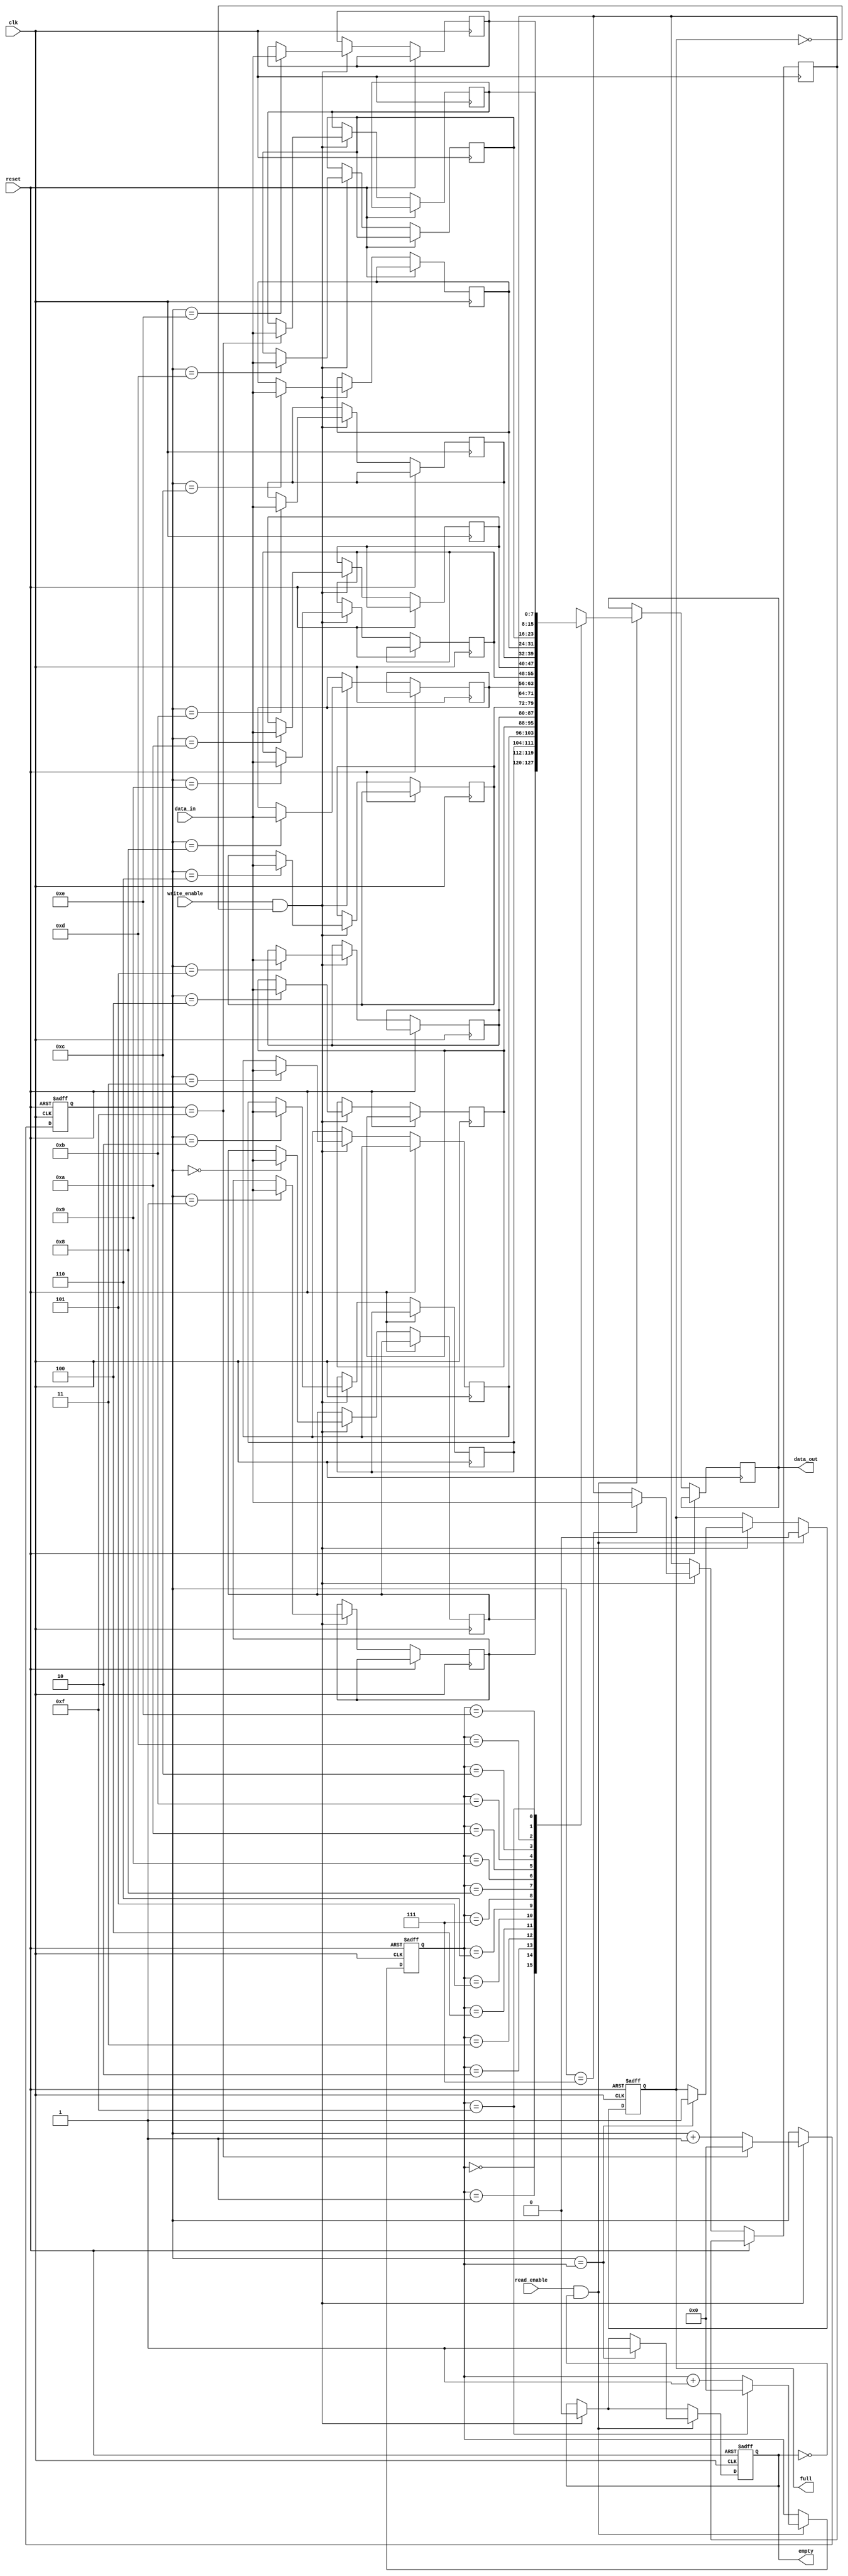
module bidirectional_fifo(
  input wire clk,
  input wire reset,
  input wire write_enable,
  input wire read_enable,
  input wire [7:0] data_in,
  output reg [7:0] data_out,
  output reg empty,
  output reg full
);

reg [7:0] memory [0:15];
reg [3:0] write_ptr;
reg [3:0] read_ptr;

always @(posedge clk or posedge reset) begin
  if (reset) begin
    write_ptr <= 4'b0000;
    read_ptr <= 4'b0000;
    empty <= 1'b1;
    full <= 1'b0;
  end else begin
    if (write_enable && !full) begin
      memory[write_ptr] <= data_in;
      write_ptr <= write_ptr + 1;
      if (write_ptr == 4'b1111)
        write_ptr <= 4'b0000;
      empty <= 0;
      if (write_ptr == read_ptr)
        full <= 1;
    end
    
    if (read_enable && !empty) begin
      data_out <= memory[read_ptr];
      read_ptr <= read_ptr + 1;
      if (read_ptr == 4'b1111)
        read_ptr <= 4'b0000;
      full <= 0;
      if (write_ptr == read_ptr)
        empty <= 1;
    end
  end
end

endmodule